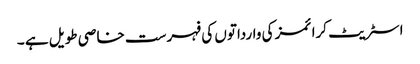
اسٹریٹ کرائمز کی وارداتوں کی فہرست خاصی طویل ہے ۔